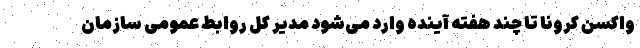
واکسن کرونا تا چند هفته آینده وارد می‌شود مدیر کل روابط عمومی سازمان